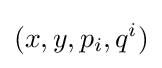
(x,y,p_{i},q^{i})